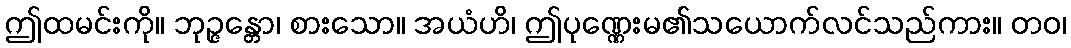
ဤထမင်းကို။ ဘုဉ္ဇန္တော၊ စားသော။ အယံဟိ၊ ဤပုဏ္ဏေးမ၏သယောက်လင်သည်ကား။ တဝ၊